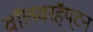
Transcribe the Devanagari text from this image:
वॉलवरहॅप्टन